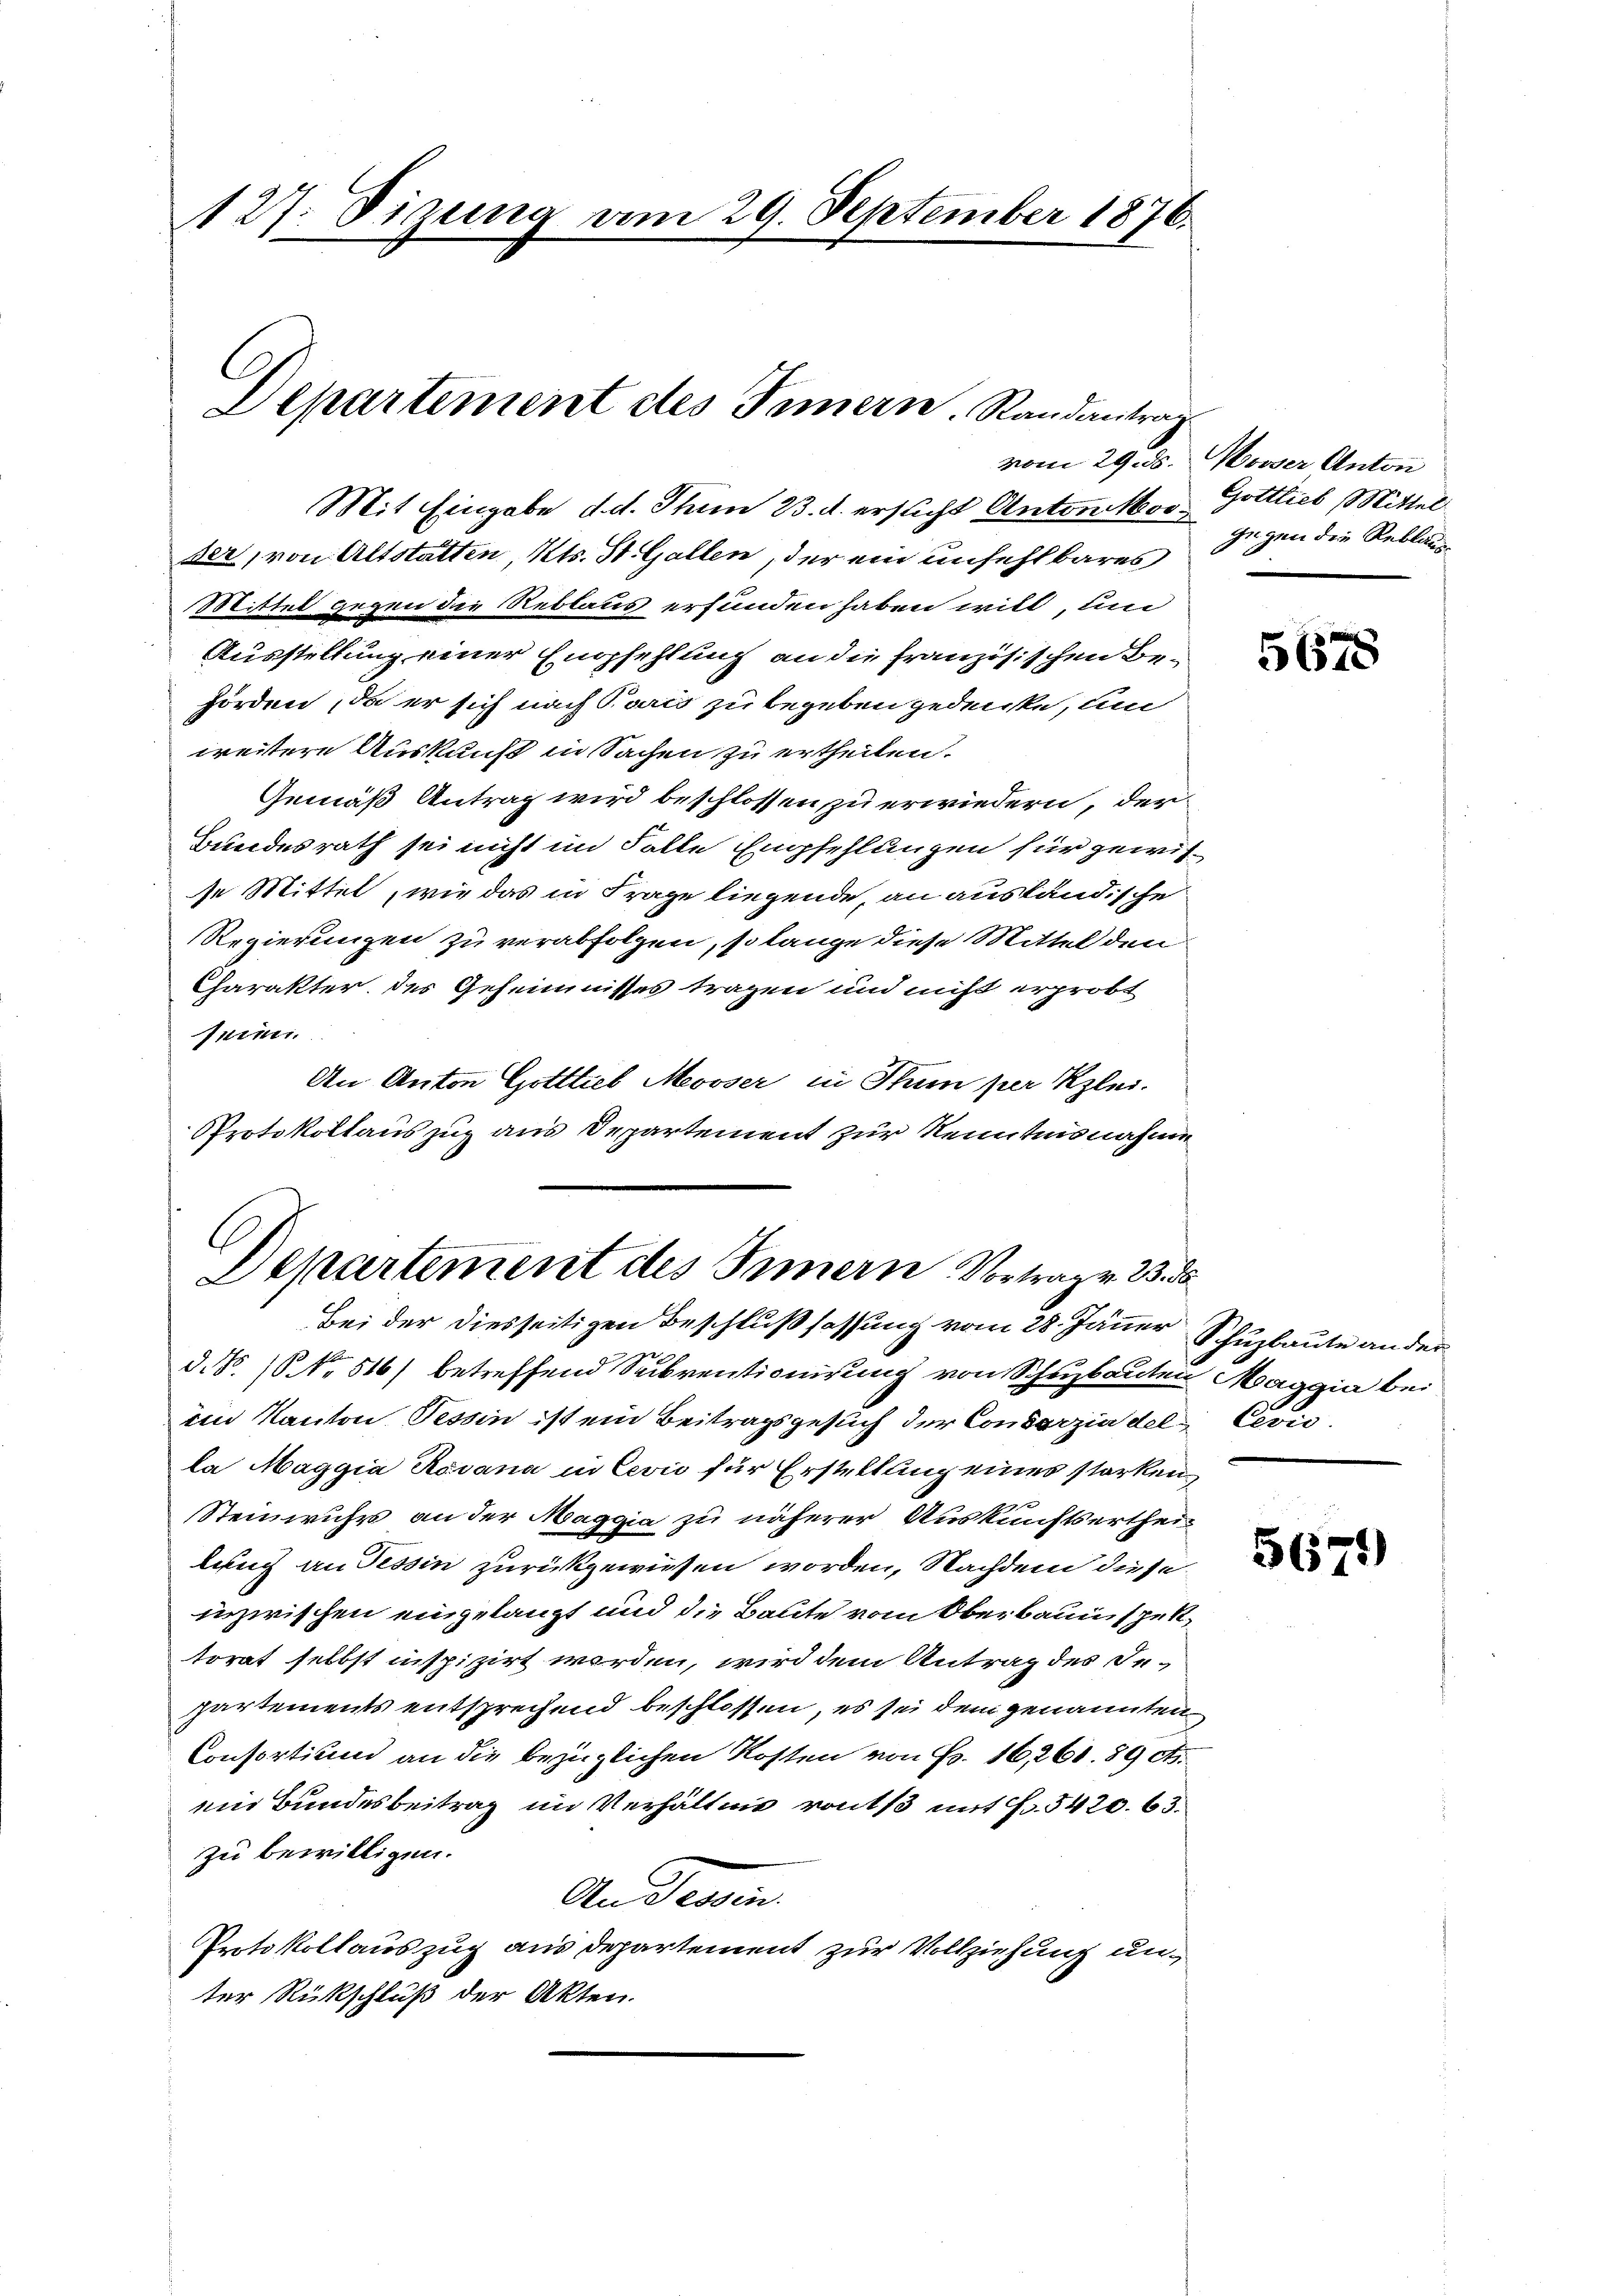
127. Sizung am 29. September 1876.
C
Departement des Innern. Randantrag

Mit Eingabe d. d. Thun 23. d. ersticht Anton Nov. Gottlieb Mittel
der, von Altstatten, Kts. St. Gallen, der ein unfehlbares
Mittel gegen die Reblaus erfunden haben will, um
Ausstellung einer Empfehlung an die französischen Behörden, da er sich nach Paris zu begeben gedenke, um
weitere Auskunft in Sachen zu ertheilen.
Gemäß Antrag wird beschlossen zu erwiedern, der
Bundesrath sei nicht im Falle Empfehlungen für gewisse Mittel, wie das in Frage liegende, an ausländische
Regierungen zu verabfolgen, so lange diese Mittel den
Charakter des Geheimnisses tragen und nicht erprobt
sein
An Anton Gottlieb Mooser in Thun per Klei¬
Protokollauszug aus Departement zur Kenntnisnahme
Bei der diesseitigen Beschlußfassung vom 28. Jänner Schuzbaute an der
d.d. 10 No 516) betreffend Subventionisung von Schuzbauten Maggia bei
em Kanton Tessin ist ein Beitragsgesuch der Conserzia del Cević.
la Maggia Ravana in Cević für Erstellung eines starken
Steinwuhr an der Maggia zu näherer Auskunftsertheilung an Tessin zurückgewiesen worden, Nachdem diese
inzwischen eingelangt und die Baute vom Oberbauinspektorat selbst inspizirt werden, wird dem Antrag des Departements entsprechend beschlossen, es sei dem genannten
Consortium an die bezüglichen Kosten von Fr. 16, 261. 89 cts.
ein Bundesbeitrag im Verhältnis rout mit Fr. 5420. 63.
zu bewilligen.
Anderein
Protokollauszug aus Departement zur Vollziehung un
ter Rückschluß der Akten.

Departement des Innern Vortrag v. 23. d

vom 29. ds. Moser Anton
gegen die Reblau

5678

5671)